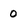
Character: 0